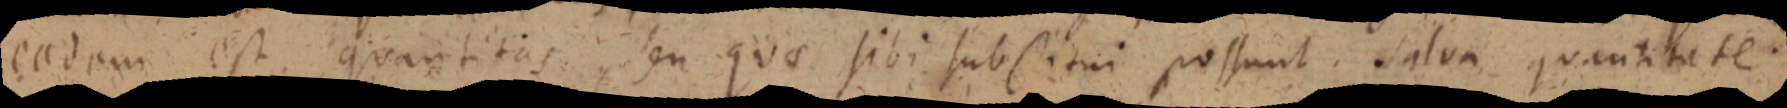
eadem est. quantitas seu quo sibi sub situi possunt. Salua quantitate.